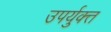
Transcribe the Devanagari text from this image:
उपर्युक्त्त